system: You are a helpful assistant.
user:
Analyze the provided spectrum to determine if it is a **"Cataclysmic Variables (CV)"**.

- **Key Indicators for CV (Check for either state):**
    - **State 1: Quiescent / Low-State (Emission-Dominated)**
        - **(Primary):** Strong and *very broad* Hydrogen Balmer emission lines (e.g., $H\alpha$ at 6563 Å, $H\beta$ at 4861 Å). The 'broadness' (high velocity dispersion, often FWHM > 1000 km/s) is the key diagnostic, indicating a high-velocity accretion disk.
        - **(Secondary):** Broad neutral Helium (He I) emission lines (e.g., 5876 Å, 6678 Å).
        - **(Key Confirmation):** Presence of high-excitation *ionized* Helium (He II) emission at 4686 Å. This is a strong indicator of accretion onto a white dwarf.
        - **(Line Profile):** Emission lines may exhibit a 'double-peaked' profile, which is a classic signature of a rotating accretion disk viewed at high inclination.

    - **State 2: Outburst / High-State (Absorption-Dominated)**
        - **(Primary):** Spectrum is dominated by a bright, blue continuum (looks like a hot star).
        - **(Secondary):** The emission lines from State 1 are weak, absent, or 'filled in', and are replaced by broad, shallow *absorption* lines (primarily Balmer and He I).
        - **(Morphology):** The overall spectrum mimics a hot B/A-type star. The crucial difference is that the absorption lines are significantly broader, shallower, and more 'washed-out' (or 'smeared') than the sharp lines of a normal stellar photosphere, due to high rotational speeds and pressure broadening in the disk.

Think first, call **spectral_visualization_tool** if needed to examine features in detail, then provide your final answer. Your response must adhere to the following strict rules:
1.  **Overall Structure:** Your response must follow the format `<think>...</think> <tool_call>...</tool_call> (if a tool is used) <answer>...</answer>`.
2.  **Tool Usage Constraint:** You may only make **one** tool call per turn.
3.  **Final Answer Format:** In the `<answer>` tag, your conclusion must be inside a `\boxed{}` command (e.g., `\boxed{YES}`), followed by your justification.

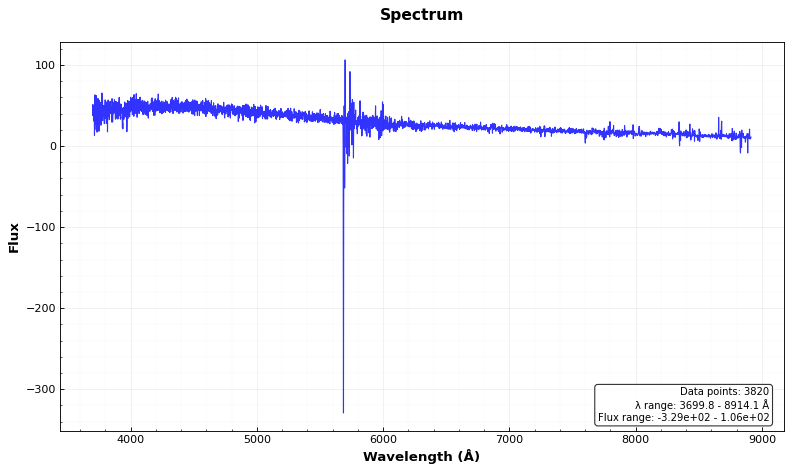
Answer: NO